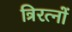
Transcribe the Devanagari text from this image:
त्रिरत्नों